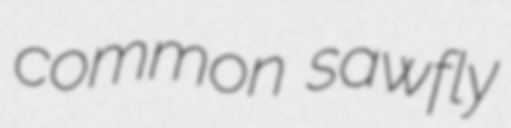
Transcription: common sawfly